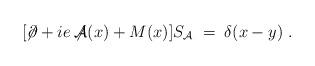
LaTeX: \begin{align*}[\not\! \partial + i e \not\!\!{\mathcal A}(x) + M(x)] S_{{\mathcal A}}\;=\; \delta (x-y) \;.\end{align*}